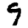
Digit: 9